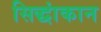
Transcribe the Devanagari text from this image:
सिद्धांकान